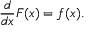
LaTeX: { \frac { d } { d x } } F ( x ) = f ( x ) .